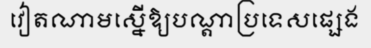
វៀតណាមស្នើឱ្យបណ្តាប្រទេសផ្សេង